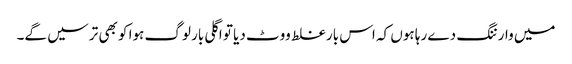
میں وارننگ دے رہا ہوں کہ اس بار غلط ووٹ دیا تو اگلی بار لوگ ہوا کو بھی ترسیں گے۔